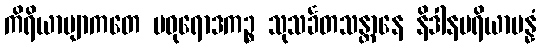
ကိရိယာဗျာကတေ မဓုရောဒကဉ္စ သုသင်္ခတသန္တာနေ နိဒါနပရိယာပန္နံ